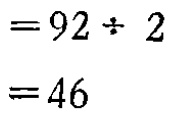
\[

\begin{align*}

&=92\div2\\

& = 46

\end{align*}

\]